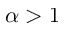
\alpha > 1